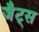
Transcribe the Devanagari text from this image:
जैट्स